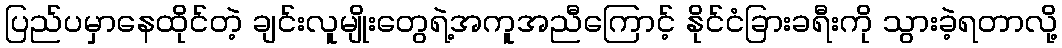
ပြည်ပမှာနေထိုင်တဲ့ ချင်းလူမျိုးတွေရဲ့အကူအညီကြောင့် နိုင်ငံခြားခရီးကို သွားခဲ့ရတာလို့